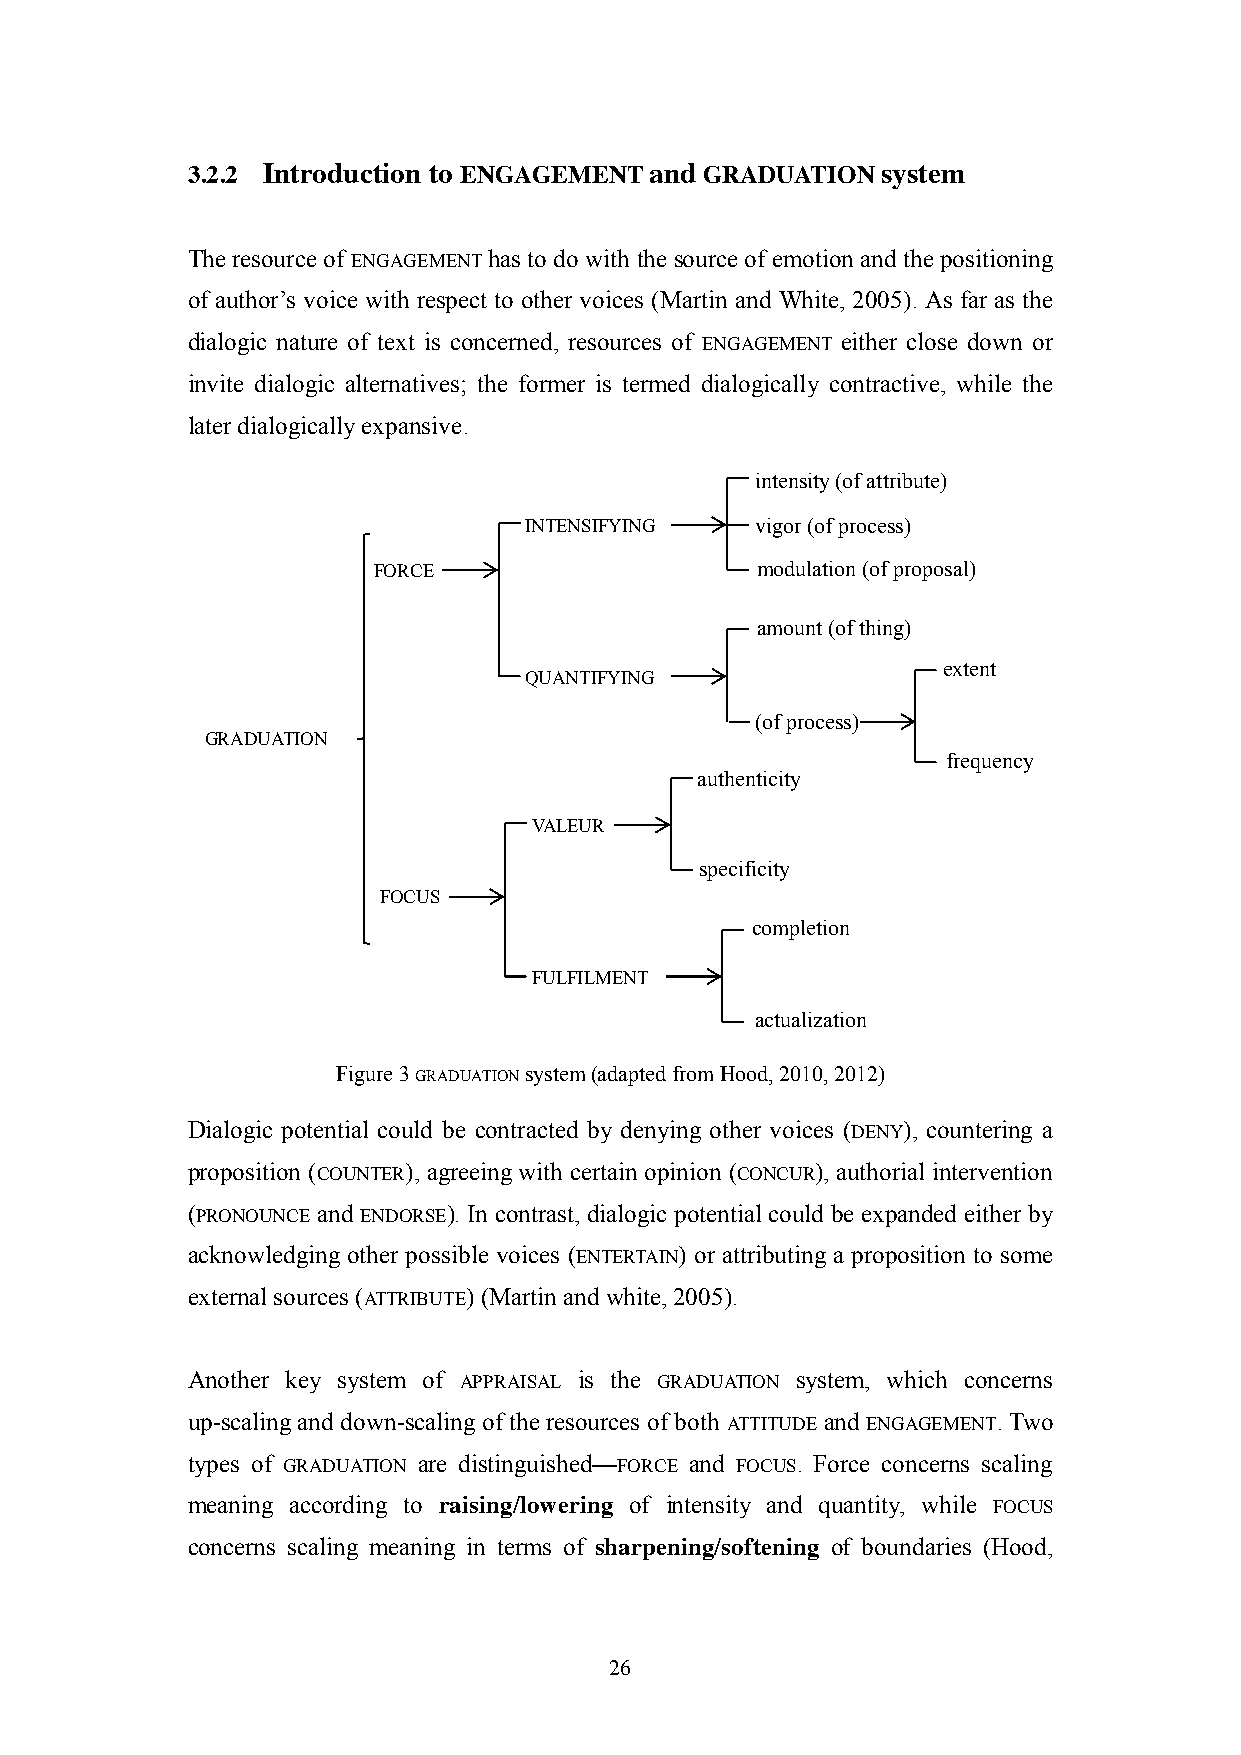
3.2.2 Introduction to ENGAGEMENT and GRADUATION system
 The resource of ENGAGEMENT has to do with the source of emotion and the positioning
 of author‘s voice with respect to other voices (Martin and White, 2005). As far as the
 dialogic nature of text is concerned, resources of ENGAGEMENT either close down or
 invite dialogic alternatives; the former is termed dialogically contractive, while the
 later dialogically expansive.
 intensity (of attribute)
 INTENSIFYING   vigor (of process)
 FORCE                    modulation (of proposal)
 amount (of thing)
 extent
 QUANTIFYING
 (of process)
 GRADUATION
 frequency
 authenticity
 VALEUR
 specificity
 FOCUS
 completion
 FULFILMENT
 actualization
 Figure 3 GRADUATION system (adapted from Hood, 2010, 2012)
 Dialogic potential could be contracted by denying other voices (DENY), countering a
 proposition (COUNTER), agreeing with certain opinion (CONCUR), authorial intervention
 (PRONOUNCE and ENDORSE). In contrast, dialogic potential could be expanded either by
 acknowledging other possible voices (ENTERTAIN) or attributing a proposition to some
 external sources (ATTRIBUTE) (Martin and white, 2005).
 Another key system of APPRAISAL is the GRADUATION system, which concerns
 up-scaling and down-scaling of the resources of both ATTITUDE and ENGAGEMENT. Two
 types of GRADUATION are distinguished—FORCE and FOCUS. Force concerns scaling
 meaning according to raising/lowering of intensity and quantity, while FOCUS
 concerns scaling meaning in terms of sharpening/softening of boundaries (Hood,
 26